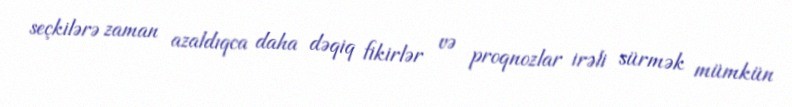
seçkilərə zaman azaldıqca daha dəqiq fikirlər və proqnozlar irəli sürmək mümkün